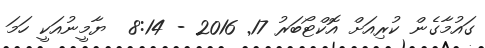
ގައުމާގެން ކުރިއަށް އޮކްޓޯބަރު 17